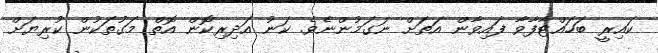
ކައިރީ ބަހައްޓާފާވާ ފައިވާން އަތަށް ނަގަމުންނެވެ. ކަނު އަދިރިކޮން އޮތް މަގުތަކުން ކުރިޔަށް